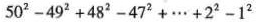
$$5 0 ^ { 2 } - 4 9 ^ { 2 } + 4 8 ^ { 2 } - 4 7 ^ { 2 } + \cdots + 2 ^ { 2 } - 1 ^ { 2 }$$